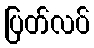
ပြတ်လပ်